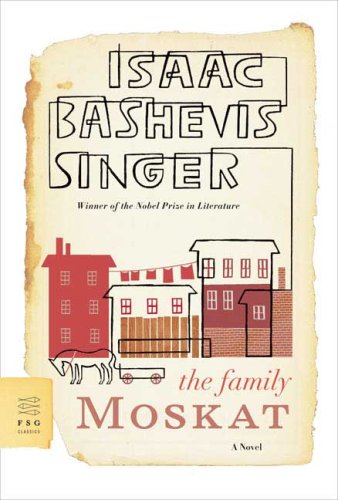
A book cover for The Family Moskat: A Novel (FSG Classics); Isaac Bashevis Singer; Science Fiction & Fantasy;